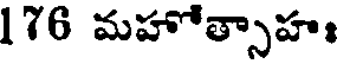
176 మహోత్సాహః